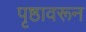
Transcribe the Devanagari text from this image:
पृष्ठावरून